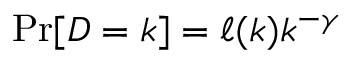
\operatorname* { P r } [ D = k ] = \ell ( k ) k ^ { - \gamma }